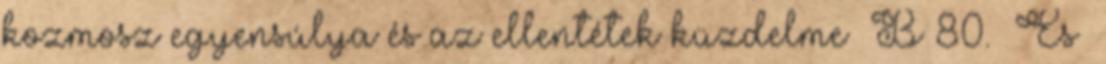
kozmosz egyensúlya és az ellentétek küzdelme B 80. És